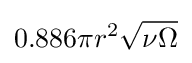
0.886\pi r^{2}{\sqrt {\nu \Omega }}